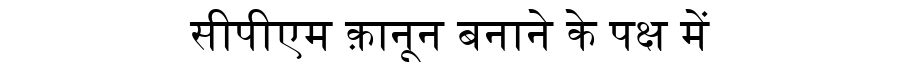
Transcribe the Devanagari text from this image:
सीपीएम क़ानून बनाने के पक्ष में